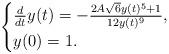
LaTeX: \begin{align*}\begin{cases}\frac{d}{dt}y(t)=-\frac{2A\sqrt{6}y(t)^5+1}{12 y(t)^9},\\ y(0)=1.\end{cases}\end{align*}